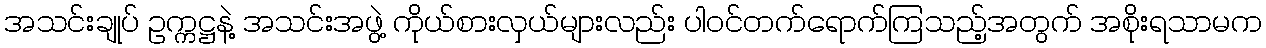
အသင်းချုပ် ဥက္ကဋ္ဌနဲ့ အသင်းအဖွဲ့ ကိုယ်စားလှယ်များလည်း ပါဝင်တက်ရောက်ကြသည့်အတွက် အစိုးရသာမက